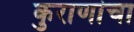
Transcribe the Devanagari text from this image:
कुराणांचा